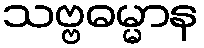
သဗ္ဗဓမ္မာန